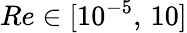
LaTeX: Re\in[10^{-5},\, 10]